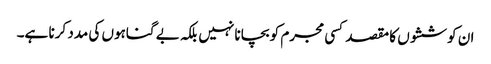
ان کوششوں کا مقصد کسی مجرم کو بچانا نہیں بلکہ بے گناہوں کی مدد کرنا ہے۔